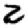
Digit: 2